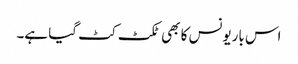
اس باریونس کا بھی ٹکٹ کٹ گیا ہے۔